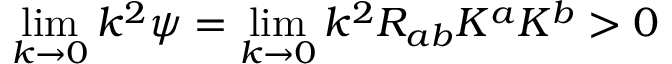
\operatorname * { l i m } _ { k \rightarrow 0 } k ^ { 2 } \psi = \operatorname * { l i m } _ { k \rightarrow 0 } k ^ { 2 } R _ { a b } K ^ { a } K ^ { b } > 0